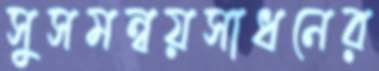
সুসমন্বয়সাধনের